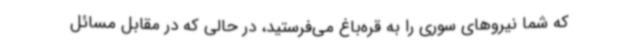
که شما نیروهای سوری را به قره‌باغ می‌فرستید، در حالی که در مقابل مسائل